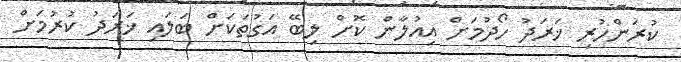
ކުރަންހުރި ޚަރަދު ހޯދުމަށް އިއުލާން ކޮށް ލިބޭ އަގުތަކަށް ބަލައި ޚަރަދު ކުރުމަށް